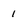
Character: 1